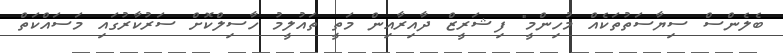
ބެލެންސް ސިޔާސަތުތަކެއް މުހިންމީ" ފިޝަރީޒް ދާއިރާއިން މަތީ ތައުލީމު ހާސިލްކޮށް ސަރުކާރުގައި މަސައްކަތް